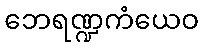
ဘေရဏ္ဍကံယေဝ